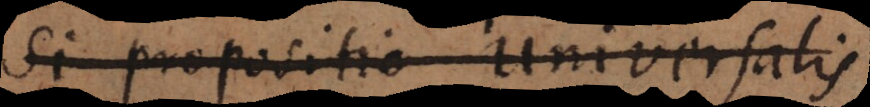
2 propositio Universalis